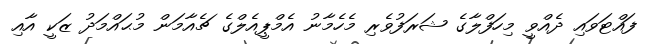
ފައްޓަވައި ދެއްވީ މިހަފްލާގެ ޝަރަފުވެރި މެހެމާނު އެމްޕީއެލްގެ ޗެއާމަން މުޙައްމަދު ޒަކީ އާއި